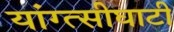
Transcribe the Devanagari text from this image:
यांग्त्सीघाटी